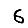
Digit: 6